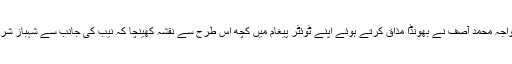
اس ساری صورتحال کا پاکستان مسلم لیگ ن کے سینئر رہنما خواجہ محمد آصف نے بھونڈا مذاق کرتے ہوئے اپنے ٹوئٹر پیغام میں کچھ اس طرح سے نقشہ کھینچا کہ نیب کی جانب سے شہباز شریف کی گرفتاری کو قائد اعظم کی گرفتاری سے تشبیہ دے دی ۔